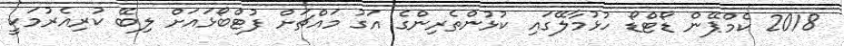
2018 ކެމްޕޭން ޑޯޓްޑޯ ހުޅުމާލޭގައި ކުޅުންތެރިންގެ އަގު މައްޗަށް ފުޓްބޯޅައަށް ލިބޭ ކުރިއެރުމަކީ